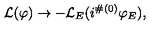
{ \cal L } ( \varphi ) \to - { \cal L } _ { E } ( i ^ { \# ( 0 ) } \varphi _ { E } ) ,